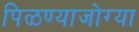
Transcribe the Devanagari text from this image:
पिळण्याजोग्या